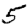
Digit: 5